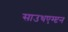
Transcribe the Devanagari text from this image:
साउथएम्प्टन